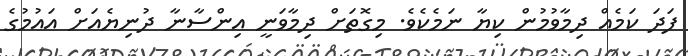
ފަދަ ކަމެއް ދިމާވުމުން ކިޔާ ނަމެކެވެ. މިގޮތަށް ދިމާވަނީ އިންސާނާ ދުނިޔެއަށް އައުމުގެ